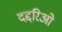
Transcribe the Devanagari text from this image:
दद्दरिओ